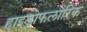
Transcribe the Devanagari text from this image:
हाइड्रोफलोरिक